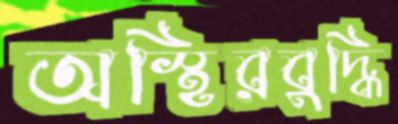
অস্থিরবুদ্ধি